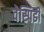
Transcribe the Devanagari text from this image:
वेस्पिडी